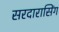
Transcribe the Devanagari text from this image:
सरदारासिंग